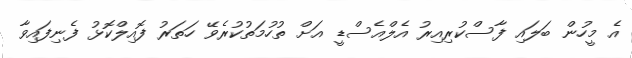
އެ މީހުން ބަލައި ފާސްކުރިއިރު އެލްއެސްޑީ އަށް ތުހުމަތުކުރެވޭ ހަތަރު ފޮއިލްކޮޅު ފެނިފައިވާ